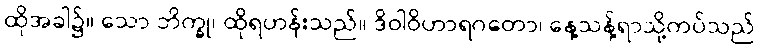
ထိုအခါ၌။ သော ဘိက္ခု၊ ထိုရဟန်းသည်။ ဒိဝါဝိဟာရဂတော၊ နေ့သန့်ရာသို့ကပ်သည်